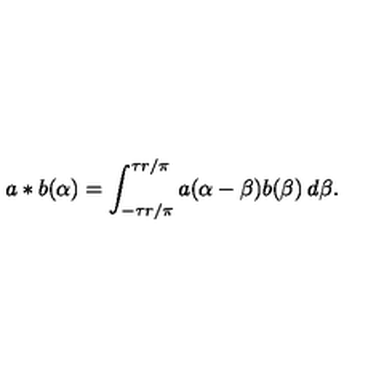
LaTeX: a \ast b ( \alpha ) = \int _ { - \tau r / \pi } ^ { \tau r / \pi } a ( \alpha - \beta ) b ( \beta ) \: d \beta .